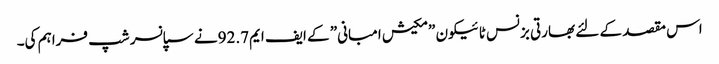
اس مقصد کے لئے بھارتی بزنس ٹائیکون ”مکیش امبانی” کے ایف ایم92.7نے سپانسر شپ فراہم کی۔